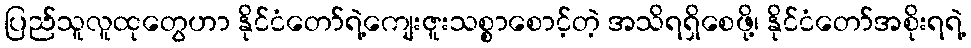
ပြည်သူလူထုတွေဟာ နိုင်ငံတော်ရဲ့ကျေးဇူးသစ္စာစောင့်တဲ့ အသိရရှိစေဖို့၊ နိုင်ငံတော်အစိုးရရဲ့